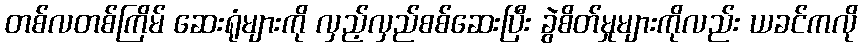
တစ်လတစ်ကြိမ် ဆေးရုံများကို လှည့်လှည်စစ်ဆေးပြီး ခွဲစိတ်မှုများကိုလည်း ယခင်ကလို